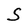
Character: S